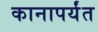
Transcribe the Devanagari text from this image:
कानापर्यंत